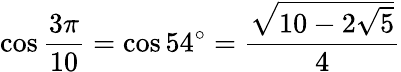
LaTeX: \cos{\frac{3\pi}{10}}=\cos 54^{\circ}={\frac{\sqrt{10-2{\sqrt{5}}}}{4}}